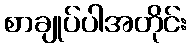
စာချုပ်ပါအတိုင်း